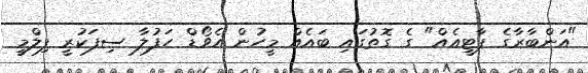
"އަންބާރާގެ ޕާޓީއެއް" ގެ ގޮތުގައި ބައެއް މީހުން އެވޯޑް ހަފުލާ ސިފަކުރީ ފިލްމީ